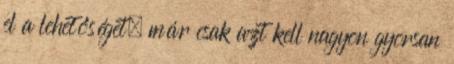
el a lehetőséget, már csak azt kell nagyon gyorsan